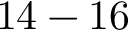
1 4 - 1 6